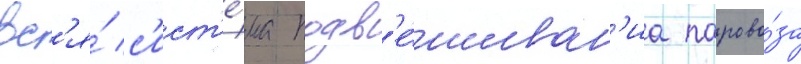
вс'я́ с'ист'е́ма подв'е́шиван'иа парово́за